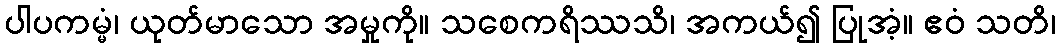
ပါပကမ္မံ၊ ယုတ်မာသော အမှုကို။ သစေကရိဿသိ၊ အကယ်၍ ပြုအံ့။ ဧဝံ သတိ၊